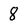
Character: 8